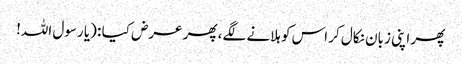
پھر اپنی زبان نکال کر اس کو ہلانے لگے، پھر عرض کیا : (یا رسول اللہ!